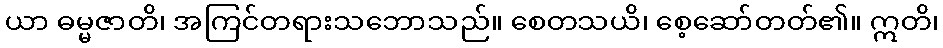
ယာ ဓမ္မဇာတိ၊ အကြင်တရားသဘောသည်။ စေတသယိ၊ စေ့ဆော်တတ်၏။ ဣတိ၊